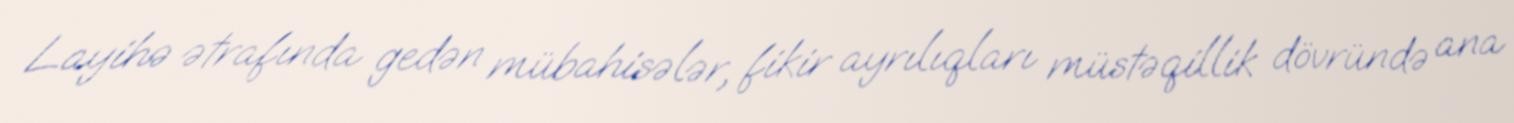
Layihə ətrafında gedən mübahisələr, fikir ayrılıqları müstəqillik dövründə ana